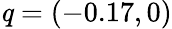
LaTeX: \textbf{\textit{q}}=(-0.17,0)